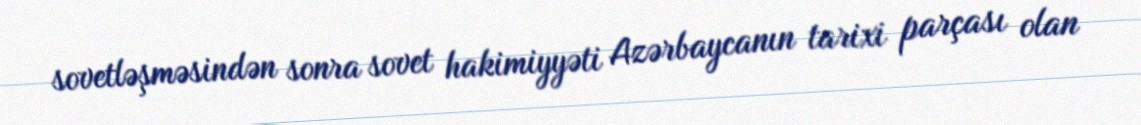
sovetləşməsindən sonra sovet hakimiyyəti Azərbaycanın tarixi parçası olan